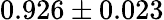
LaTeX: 0.926\pm 0.023